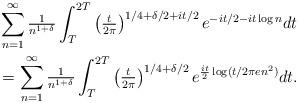
LaTeX: \begin{align*} {} & \sum_{n=1}^{\infty} \tfrac{1}{n^{1+\delta}} \int_{T}^{2T} \left({\tfrac{t}{2\pi}}\right)^{{1}/{4}+{\delta}/{2}+{it}/{2}} e^{-{it}/{2}-it \log n} dt \\ {} & = \sum_{n=1}^{\infty} \tfrac{1}{n^{1+\delta}} \int_{T}^{2T} \left({\tfrac{t}{2\pi}}\right)^{{1}/{4}+{\delta}/{2}} e^{\frac{it}{2} \log ({t}/{2\pi en^{2})}} dt. \end{align*}